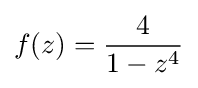
f(z)={\frac {4}{1-z^{4}}}